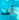
أنت